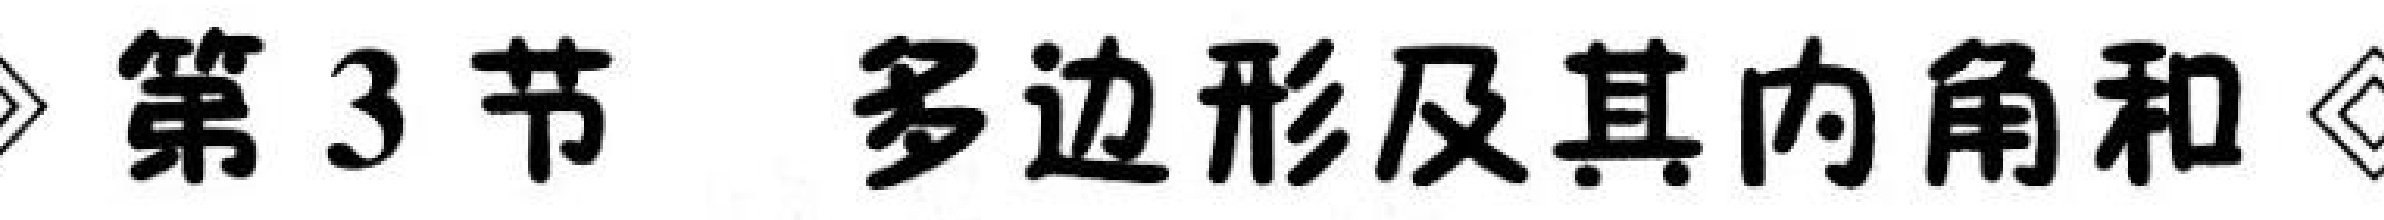
» 第3节 多边形及其内角和 ◊